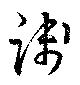
踐